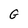
Character: G